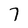
Character: 7